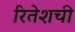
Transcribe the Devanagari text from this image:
रितेशची